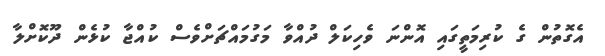
އެގޮތުން ގެ ކުރިމަތީގައި އޮންނަ ވެހިކަލް ދުއްވާ މަގުމައްޗަށްވެސް ކުއްޖާ ކުޅެން ދޫކޮށްލާ